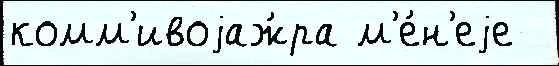
комм'ивоjаж́ра м'е́н'еjе